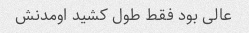
عالی بود فقط طول کشید اومدنش